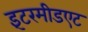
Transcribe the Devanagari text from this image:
इंटरमीडएट